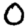
Digit: 0